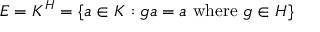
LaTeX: E = K ^ { H } = \{ a \in K : g a = a { \mathrm { ~ w h e r e ~ } } g \in H \}